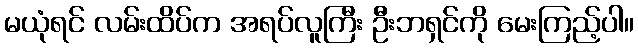
မယုံရင် လမ်းထိပ်က အရပ်လူကြီး ဦးဘရှင်ကို မေးကြည့်ပါ။